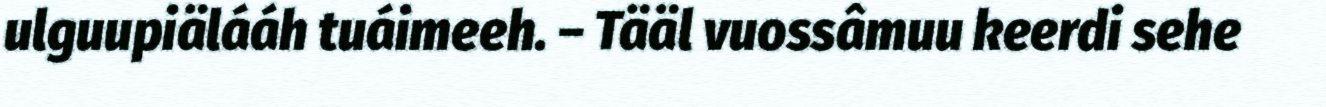
ulguupiälááh tuáimeeh. – Tääl vuossâmuu keerdi sehe